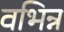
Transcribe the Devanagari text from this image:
वभिन्न